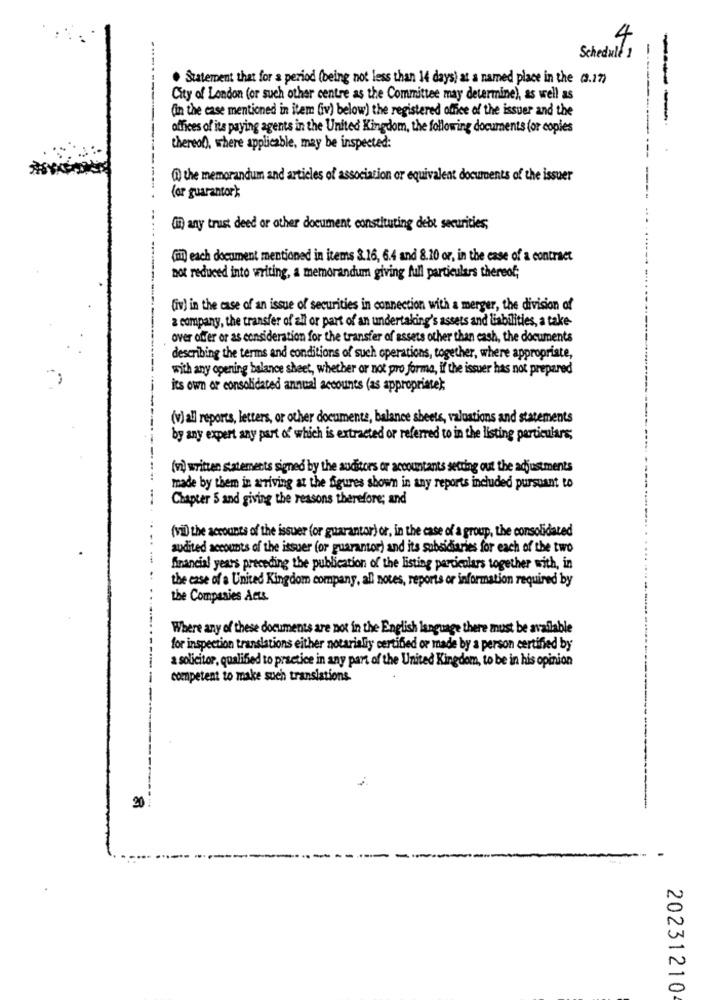
4
-
Schedule 1
. Statement that for a period (being not less than 14 days) at a named place in the 0.17)
City of London (or such other centre as the Committee may determine), as well as
(in the case mentioned in item (iv) below) the registered office of the issuer and the
---
offices of its paying agents in the United Kingdom, the following documents (or copies
thereo), where applicable, may be inspected:
(1) the memorandum and articles of association or equivalent documents of the issuer
-- -
(or guarantor):
(in) any trust deed or other document constituting debt securities;
(m) each document mentioned in items 3.16, 6.4 and 8.10 or, in the case of a contract
not reduced into writing, a memorandum giving full particulars thereof;
(iv) in the case of an issue of securities in connection with a merger, the division of
a company, the transfer of all or part of an undertaking's assets and liabilities, a take-
over offer or as consideration for the transfer of assets other than cash, the documents
describing the terms and conditions of such operations, together, where appropriate,
with any opening balance sheet, whether or not pro forma, if the issuer has not prepared
its own or consolidated annual accounts (as appropriatek:
(v) all reports, letters, or other documents, balance sheets, valuations and statements
by any expert any part of which is extracted or referred to in the listing particulars;
(v) written statements signed by the auditors or accountants setting out the adjustments
made by them in arriving at the figures shown in any reports included pursuant to
Chapter 5 and giving the reasons therefore; and
(vi) the accounts of the issuer for guarantor) or, in the case of a group, the consolidated
audited accounts of the issuer (or guarantor) and its subsidiaries for each of the two
.
financial years preceding the publication of the listing particulars together with, in
the case of a United Kingdom company, all notes, reports or information required by
. .
the Companies Acts.
Where any of these documents are not in the English language there must be available
for inspection translations either notarialiy certified or made by a person certified by
a solicitor, qualified to practice in any part of the United Kingdom, to be in his opinion
competent to make such translations
20
20231210